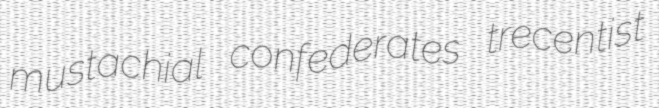
mustachial confederates trecentist